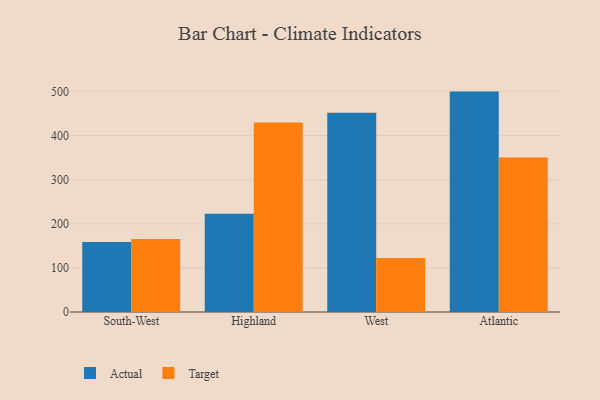
{"axis": {"x": "Region", "y": "Customer Acquisition Cost (USD)"}, "legend": ["Actual", "Target"], "data": [{"x": "South-West", "y": 158.7, "type": "Actual"}, {"x": "South-West", "y": 165.3, "type": "Target"}, {"x": "Highland", "y": 222.8, "type": "Actual"}, {"x": "Highland", "y": 429.4, "type": "Target"}, {"x": "West", "y": 451.3, "type": "Actual"}, {"x": "West", "y": 122.6, "type": "Target"}, {"x": "Atlantic", "y": 499.5, "type": "Actual"}, {"x": "Atlantic", "y": 349.9, "type": "Target"}]}